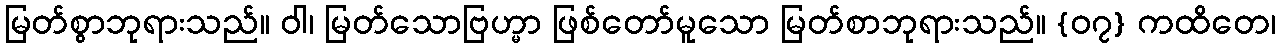
မြတ်စွာဘုရားသည်။ ဝါ၊ မြတ်သောဗြဟ္မာ ဖြစ်တော်မူသော မြတ်စာဘုရားသည်။ {၀၇} ကထိတေ၊